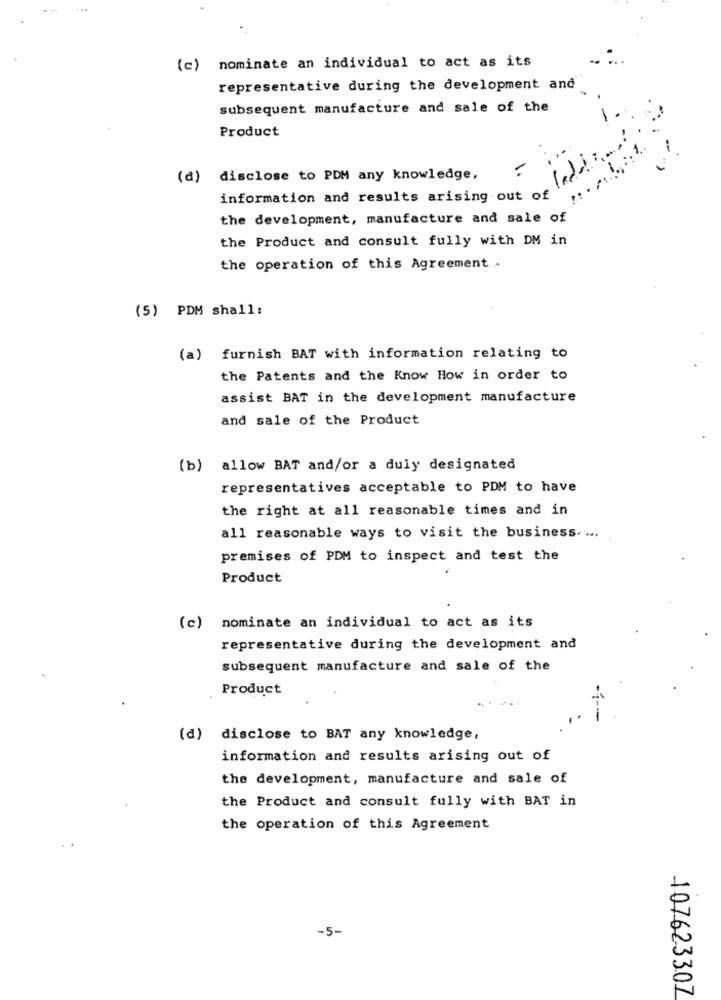
...
(c) nominate an individual to act as its
representative during the development and
subsequent manufacture and sale of the
Product
Indi
=
(d) disclose to PDM any knowledge,
information and results arising out of
the development, manufacture and sale of
the Product and consult fully with DM in
the operation of this Agreement .
(5) PDM shall:
(a) furnish BAT with information relating to
the Patents and the Know How in order to
assist BAT in the development manufacture
and sale of the Product
(b) allow BAT and/or a duly designated
representatives acceptable to PDM to have
the right at all reasonable times and in
all reasonable ways to visit the business ....
premises of PDM to inspect and test the
Product
(c) nominate an individual to act as its
representative during the development and
subsequent manufacture and sale of the
Product
(d) disclose to BAT any knowledge,
information and results arising out of
the development, manufacture and sale of
the Product and consult fully with BAT in
the operation of this Agreement
-5-
407623307